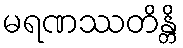
မရဏဿတိန္တိ